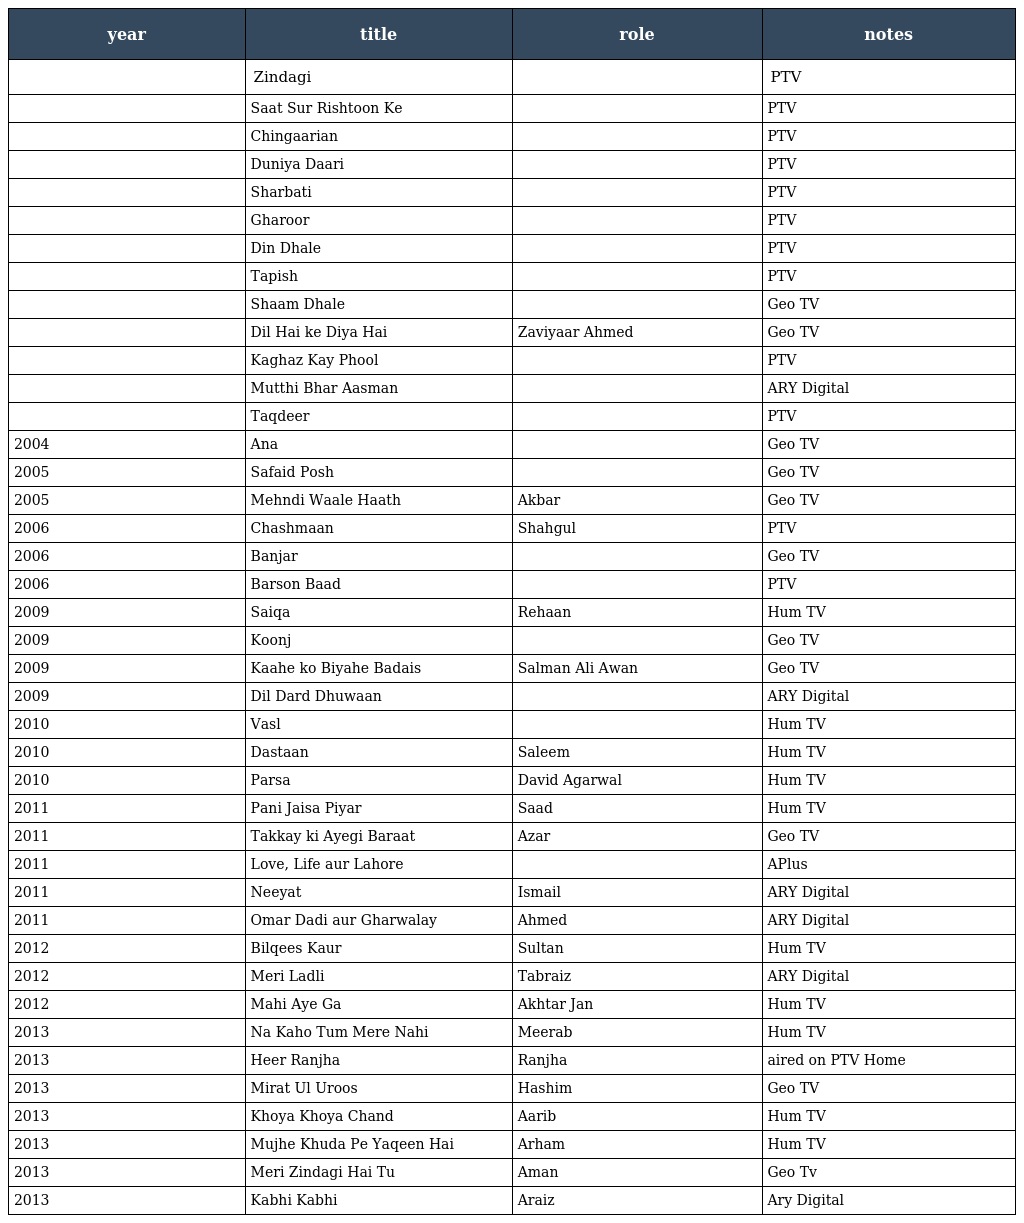
| year | title | role | notes |
 | --- | --- | --- | --- |
 |  | Zindagi |  | PTV |
 |  | Saat Sur Rishtoon Ke |  | PTV |
 |  | Chingaarian |  | PTV |
 |  | Duniya Daari |  | PTV |
 |  | Sharbati |  | PTV |
 |  | Gharoor |  | PTV |
 |  | Din Dhale |  | PTV |
 |  | Tapish |  | PTV |
 |  | Shaam Dhale |  | Geo TV |
 |  | Dil Hai ke Diya Hai | Zaviyaar Ahmed | Geo TV |
 |  | Kaghaz Kay Phool |  | PTV |
 |  | Mutthi Bhar Aasman |  | ARY Digital |
 |  | Taqdeer |  | PTV |
 | 2004 | Ana |  | Geo TV |
 | 2005 | Safaid Posh |  | Geo TV |
 | 2005 | Mehndi Waale Haath | Akbar | Geo TV |
 | 2006 | Chashmaan | Shahgul | PTV |
 | 2006 | Banjar |  | Geo TV |
 | 2006 | Barson Baad |  | PTV |
 | 2009 | Saiqa | Rehaan | Hum TV |
 | 2009 | Koonj |  | Geo TV |
 | 2009 | Kaahe ko Biyahe Badais | Salman Ali Awan | Geo TV |
 | 2009 | Dil Dard Dhuwaan |  | ARY Digital |
 | 2010 | Vasl |  | Hum TV |
 | 2010 | Dastaan | Saleem | Hum TV |
 | 2010 | Parsa | David Agarwal | Hum TV |
 | 2011 | Pani Jaisa Piyar | Saad | Hum TV |
 | 2011 | Takkay ki Ayegi Baraat | Azar | Geo TV |
 | 2011 | Love, Life aur Lahore |  | APlus |
 | 2011 | Neeyat | Ismail | ARY Digital |
 | 2011 | Omar Dadi aur Gharwalay | Ahmed | ARY Digital |
 | 2012 | Bilqees Kaur | Sultan | Hum TV |
 | 2012 | Meri Ladli | Tabraiz | ARY Digital |
 | 2012 | Mahi Aye Ga | Akhtar Jan | Hum TV |
 | 2013 | Na Kaho Tum Mere Nahi | Meerab | Hum TV |
 | 2013 | Heer Ranjha | Ranjha | aired on PTV Home |
 | 2013 | Mirat Ul Uroos | Hashim | Geo TV |
 | 2013 | Khoya Khoya Chand | Aarib | Hum TV |
 | 2013 | Mujhe Khuda Pe Yaqeen Hai | Arham | Hum TV |
 | 2013 | Meri Zindagi Hai Tu | Aman | Geo Tv |
 | 2013 | Kabhi Kabhi | Araiz | Ary Digital |